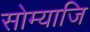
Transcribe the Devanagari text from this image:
सोम्याजि